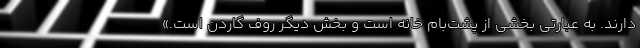
دارند. به عبارتی بخشی از پشت‌بام خانه است و بخش دیگر روف گاردن است.»